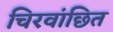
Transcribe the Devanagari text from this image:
चिरवांछित